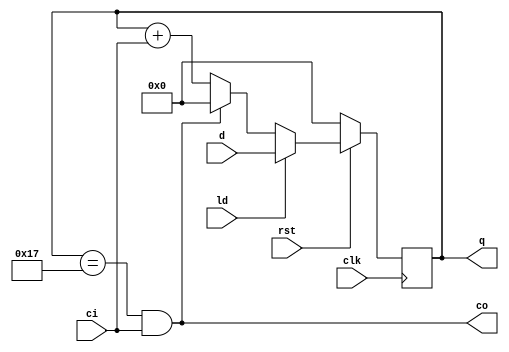
`timescale 1ns/1ns

module counter24(clk, rst, ld, d, ci, co, q);
	input        clk, rst, ld;
	input  [4:0] d;
	input        ci;
	output       co;
	output [4:0] q;
	reg    [4:0] q;
	
	always@(posedge clk) begin
		if(rst == 1'b0) begin
			q <= 5'b00000;
		end else if(ld == 1'b1) begin
			q <= d;
		end else if(q == 5'b10111 && ci == 1'b1) begin
			q <= 5'b0000;
		end else begin
			q <= q + ci;
		end
	end
	
	assign co = (q == 5'b10111 && ci == 1'b1);
endmodule